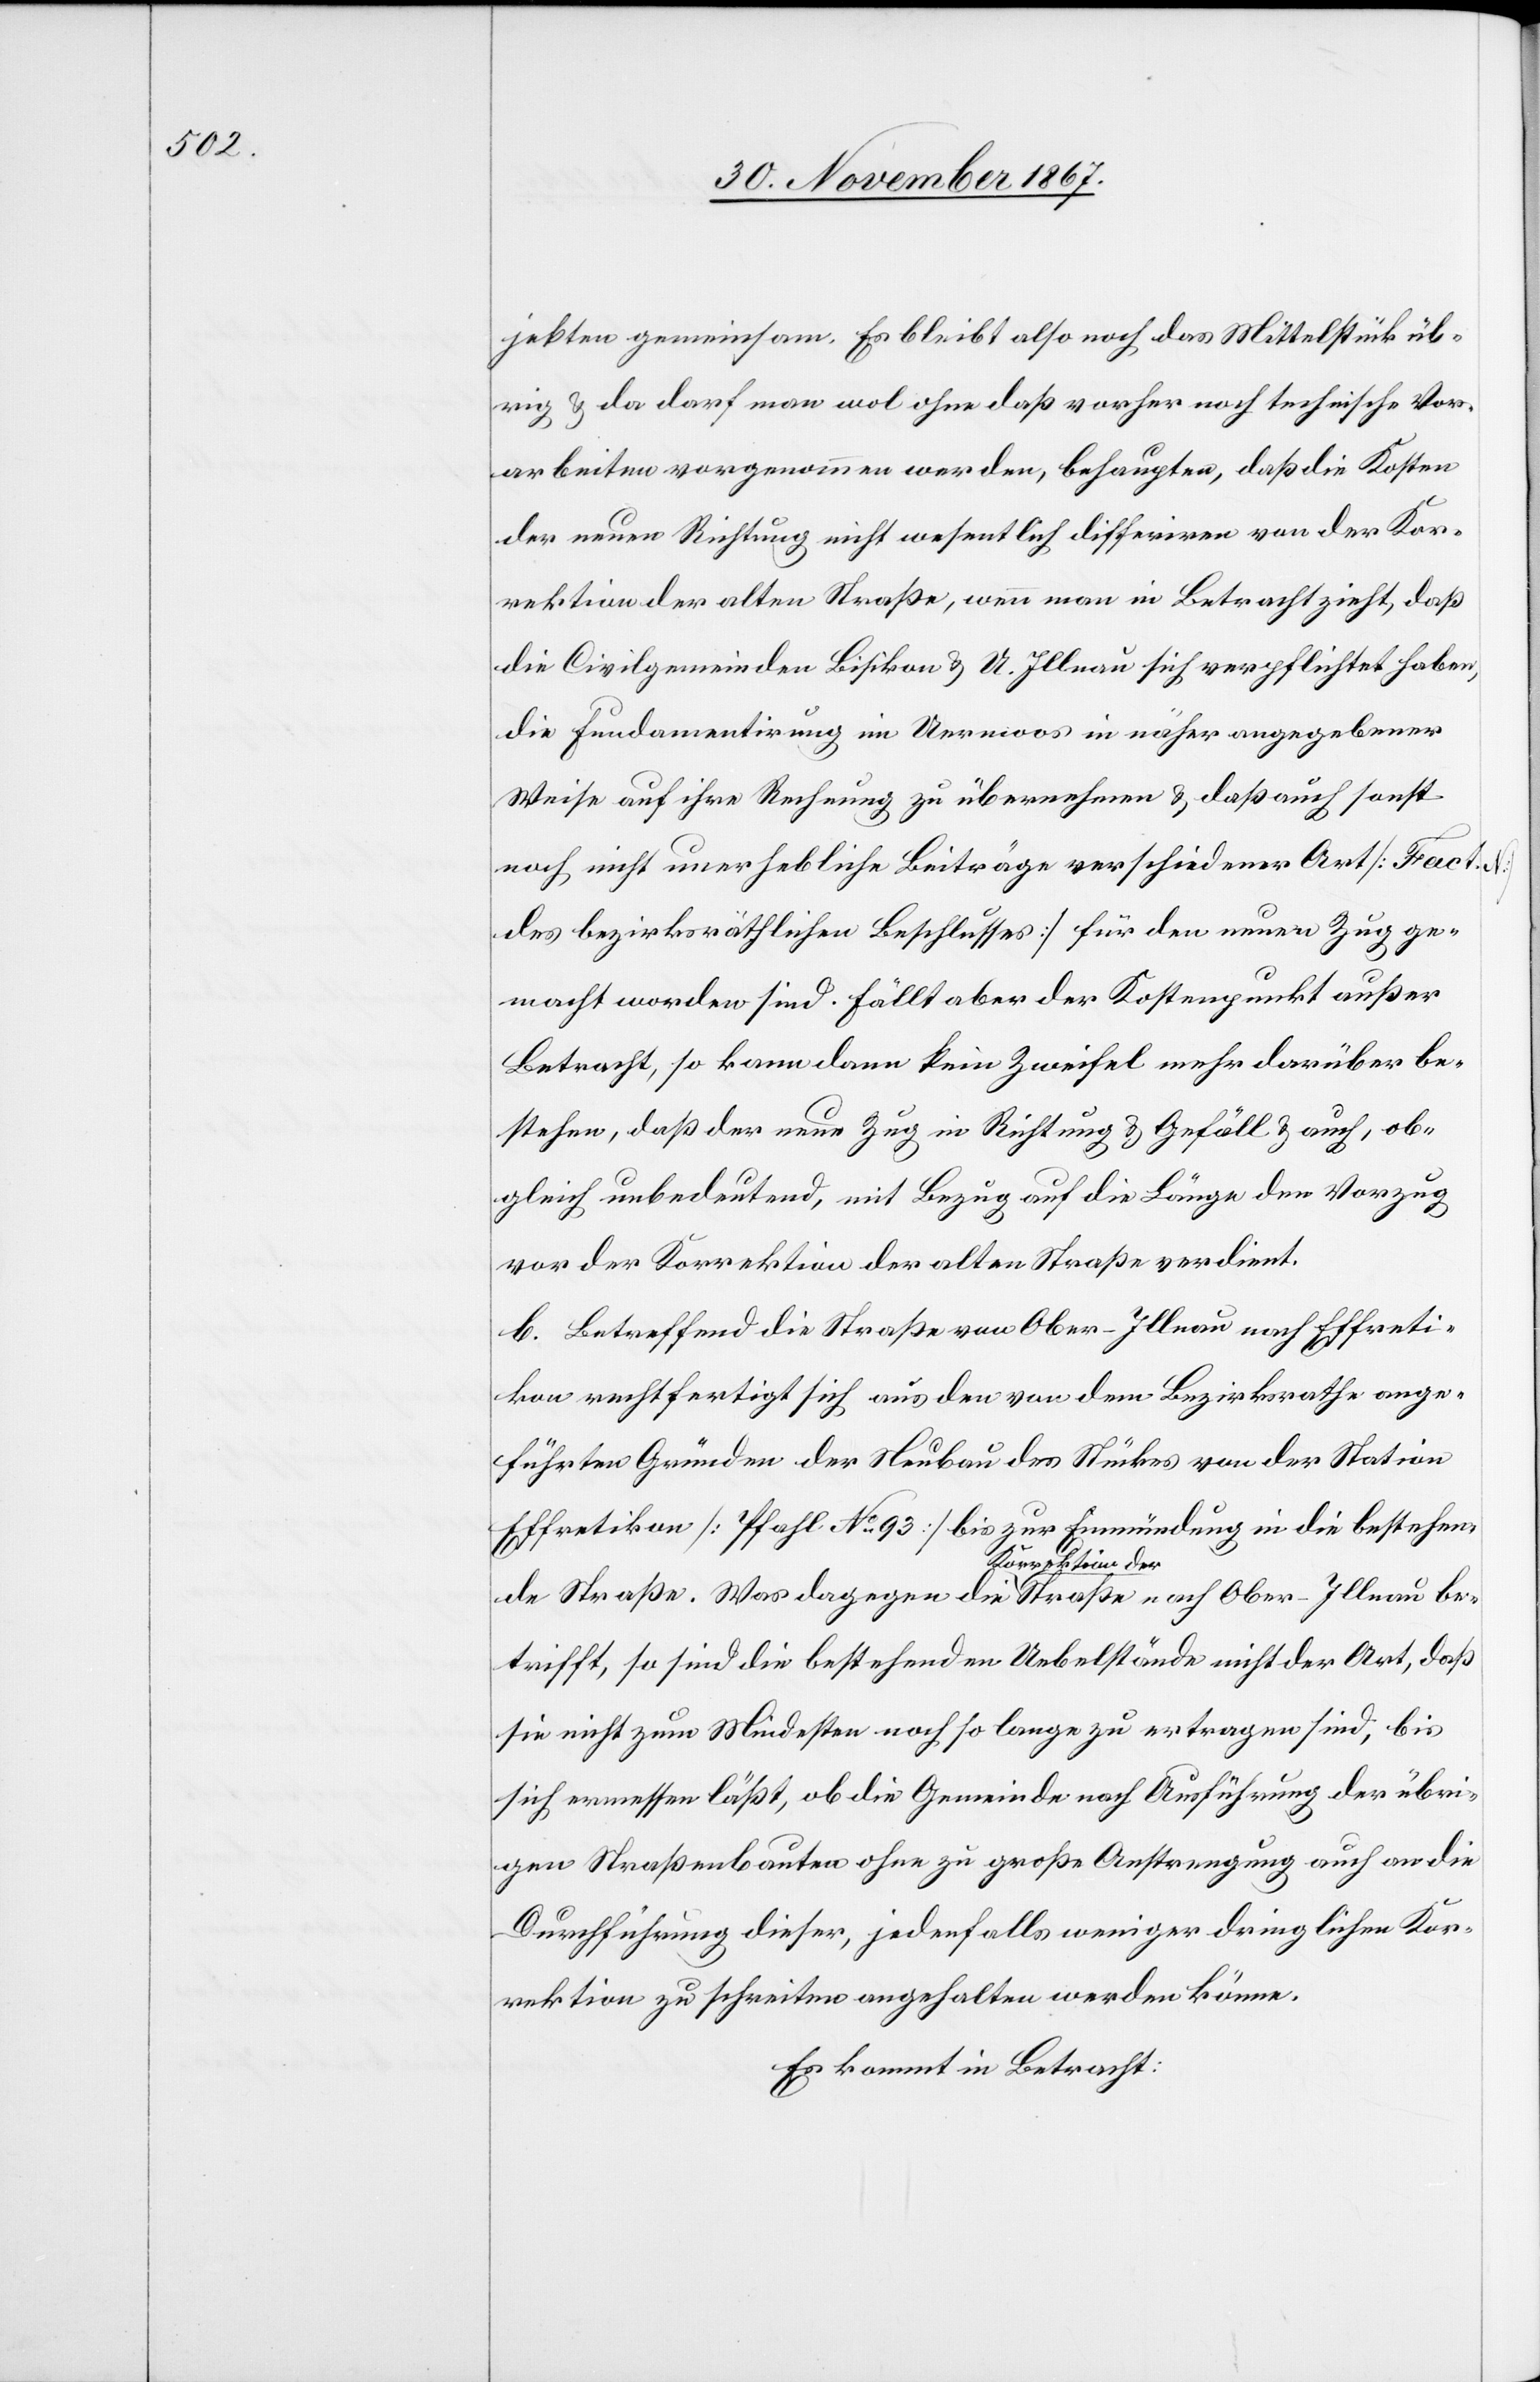
jekten gemeinsam. Es bleibt als noch das Mittelstück üb¬
rig u. da darf man wol ohne daß vorher noch technische Vor¬
arbeiten vorgenommen werden, behaupten, daß die Kosten
der neuen Richtung nicht wesentlich differiren von der Kor¬
rektion der alten Straße, wenn man in Betracht zieht, daß
die Civilgemeinden Bisikon u. O. Illnau sich verpflichtet haben,
die Fundamentirung im Ormoos [sic!] in näher angegebener
Weise auf ihre Rechnung zu übernehmen u. daß auch sonst
noch nicht unerhebliche Beiträge verschiedener Art [Fact.
des bezirksräthlichen Beschlusses] für den neuen Zug ge¬
macht worden sind. Fällt aber der Kostenpunkt außer
Betracht, so kann dann kein Zweifel mehr darüber be¬
stehen, daß der neue Zug in Richtung u. Gefäll u. auch, ob¬
gleich unbedeutend, mit Bezug auf die Länge den Vorzug
vor der Korrektion der alten Straße verdient.
b. Betreffend die Straße von Ober-Illnau nach Effreti¬
kon rechtfertigt sich aus den von dem Bezirksrathe ange¬
führten Gründen der Neubau des Stückes von der Station
Effretikon [Pfahl No. 93] bis zur Einmündung in die bestehen¬
de Straße. Was dagegen die Korrektion der Straße nach Ober-Illnau be¬
trifft, so sind die bestehenden Uebelstände nicht der Art, daß
sie nicht zum Mindesten noch so lange zu ertragen sind, bis
sich ermessen läßt, ob die Gemeinde nach Ausführung der übri¬
gen Straßenbauten ohne zu große Anstrengung auch an die
Durchführung dieser, jedenfalls weniger dringlichen Kor¬
rektion zu schreiten angehalten werden könne.
Es kommt in Betracht: